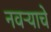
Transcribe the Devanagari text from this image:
नवऱ्याचे